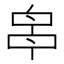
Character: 𠵓